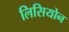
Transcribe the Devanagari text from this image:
लिसियोन